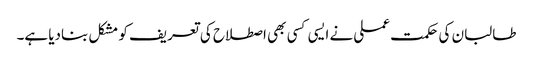
طالبان کی حکمت عملی نے ایسی کسی بھی اصطلاح کی تعریف کو مشکل بنادیا ہے۔